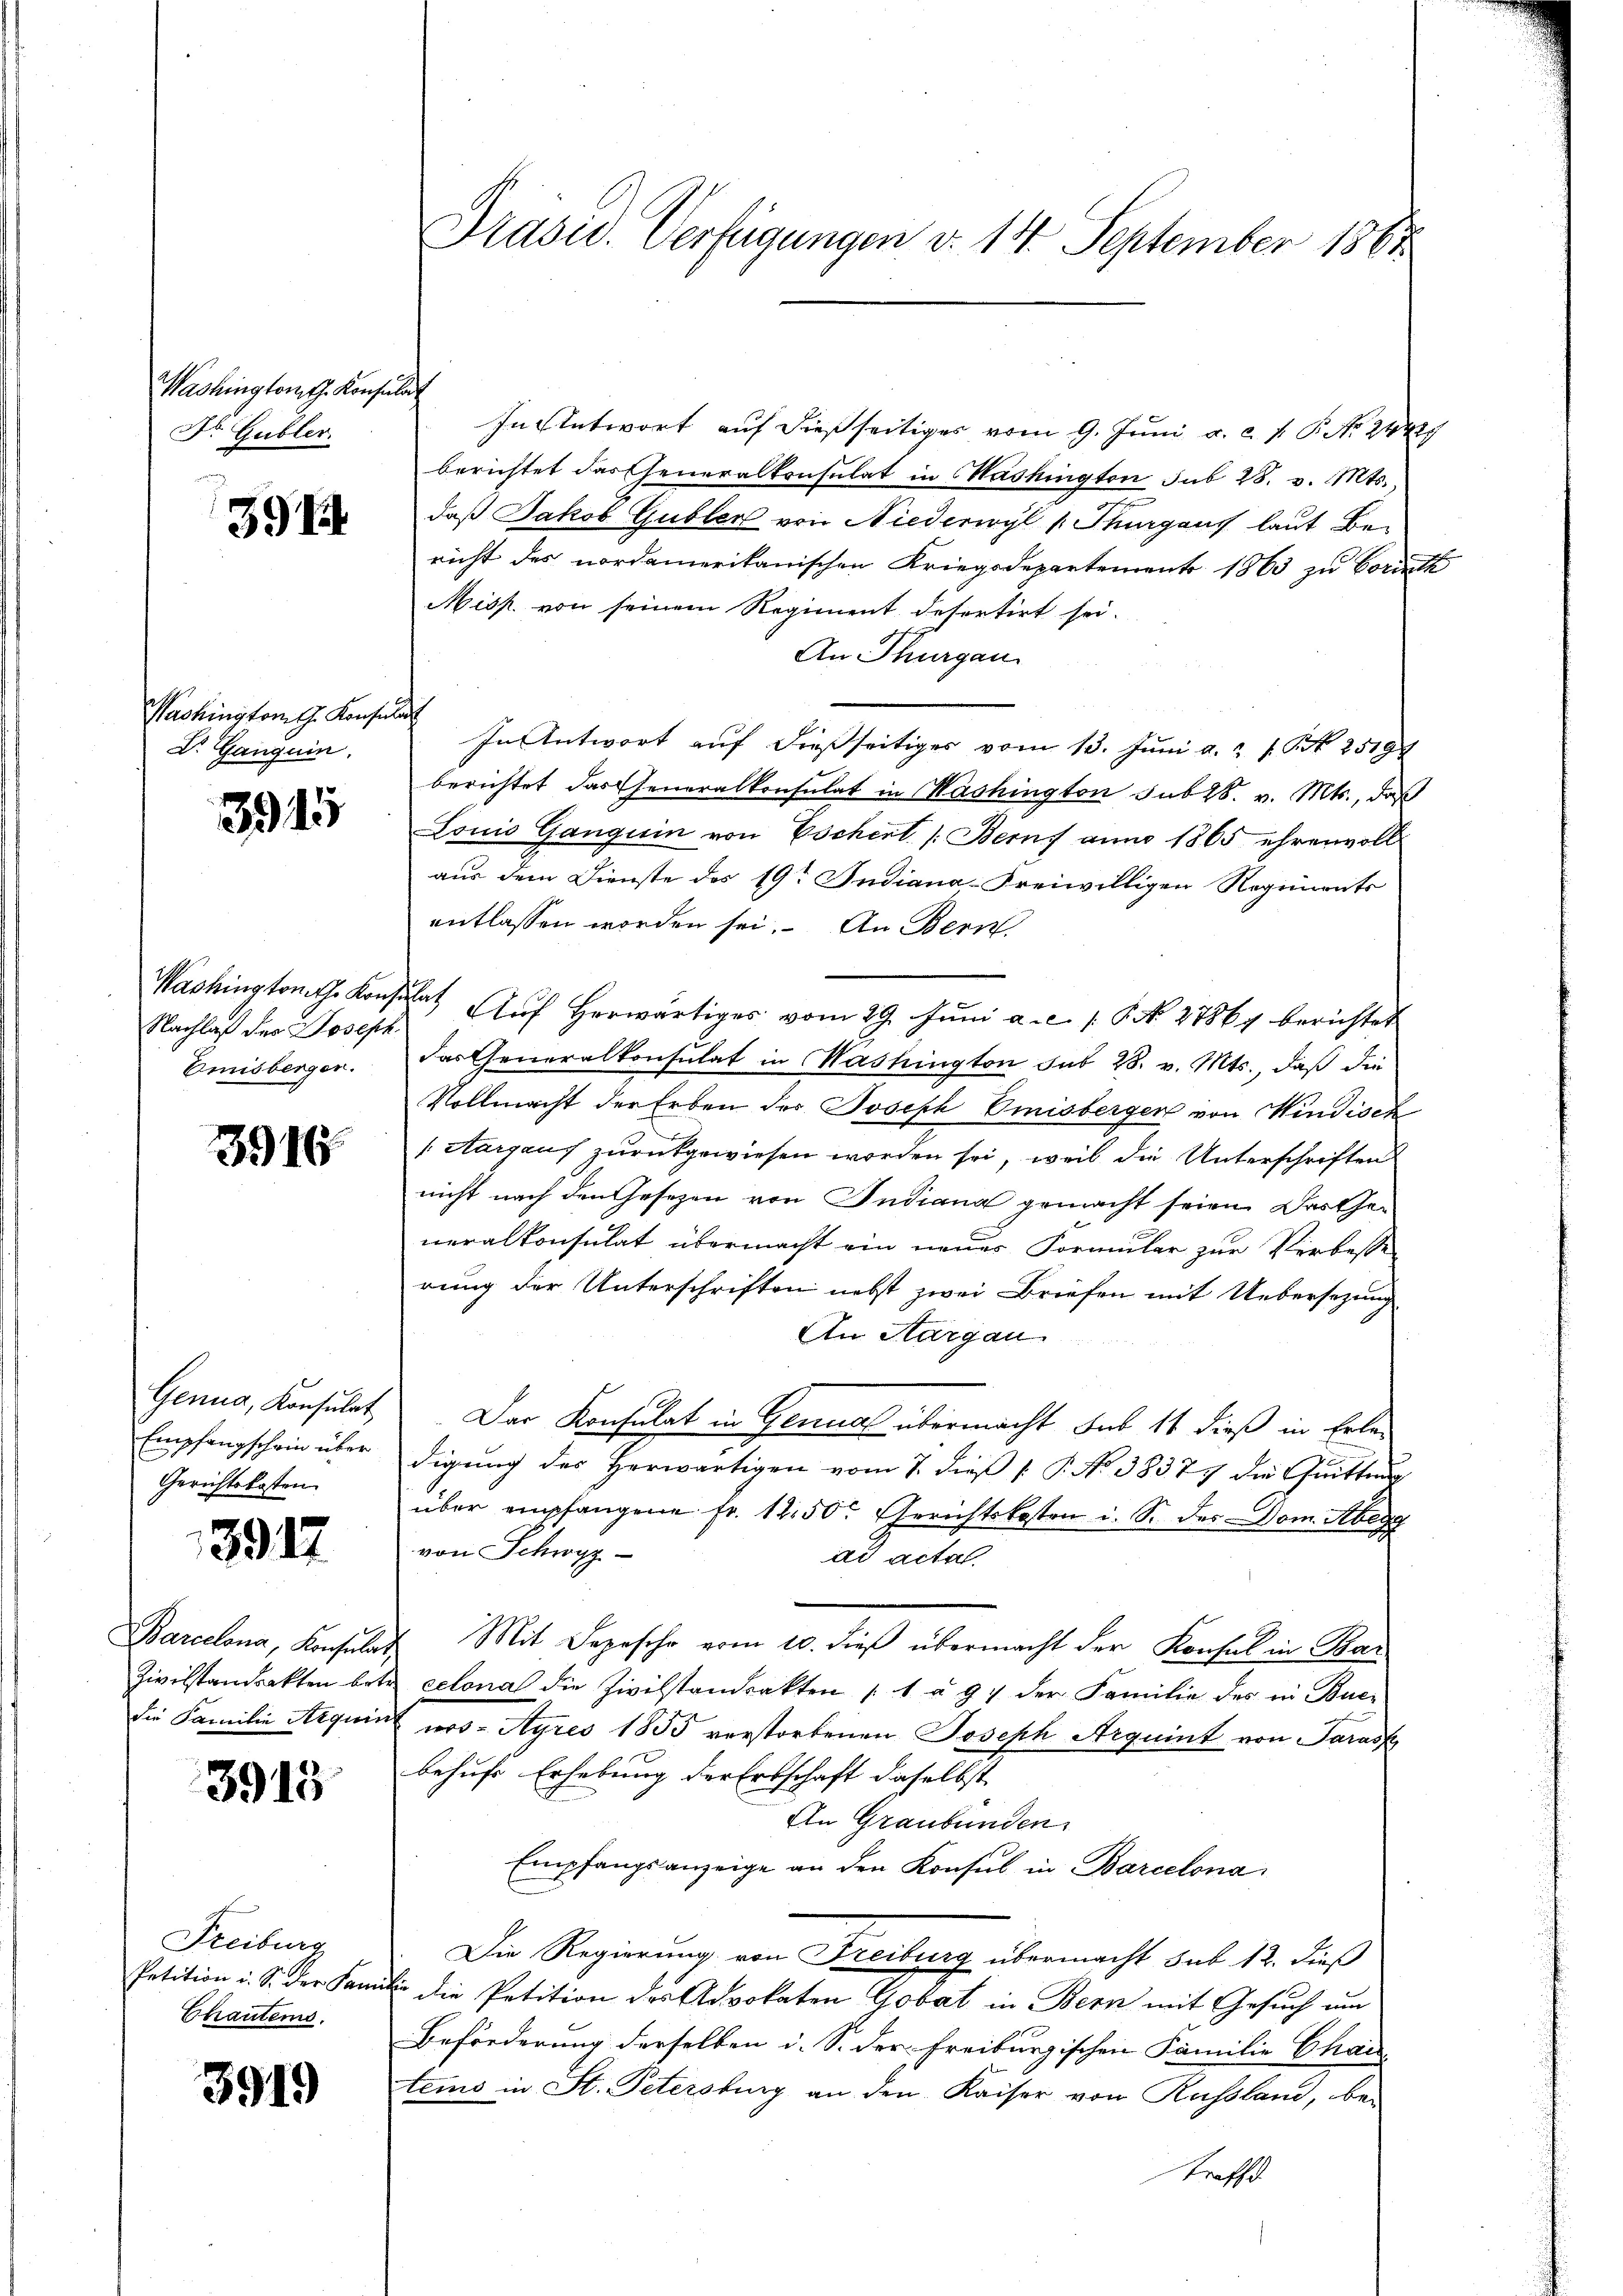
Washingtomth. Konsul
Dr. Gubler.

391

Washington G. Konsul
Dr. Ganguin

3915

Washington the Konz
Nachlaß des Joseph.
Emisberger.

3915.

Genua, Konsulat
Empfangschein über
Gerichtskosten

3917

Barcelona, Konsulat,
Zivilstandsakten betr.
die Familie Aequin

3913

Freiburg
Petition i. S. der Pann
Chautems.

3919

Präsid. Verfügungen d. 14. September 1861

f
In Antwort auf dießseitiges vom 9. Juni a. c. s. P. Nr. 24429
berichtet das Cheneralkonsulat in Mashington sub 28. v. Mts.,
daß Jakob Gubler von Niederwyl 1 Thurgaus laut Bericht des nordamerikanischen Kriegsdepartement 1863 zu Vorinth
Mish. von seinem Regiment desertirt sei.
An Thurgau.
i
In Antwort auf dießseitiges vom 13. Juni a. u. s. Art. 2519
berichtet das Generalkonsulat in Washington sub 28. v. Mts., daß
Louis Ganguin von Eschert (Berns anno 1865 ehrenvoll
aus dem Dienste des 19te Indiana-Freiwilligen Regiments
entlassen worden sei. An Bern
at Aŭf herwärtiges vom 29. Jŭni a. c. s. S. No. 27864 berichtet
das Generalkonsulat in Washington sub 28. v. Mts., daß die
Vollmacht der Erben des Joseph Omnisbergen von Windisch
(Aargaus zurückgewiesen worden sei, weil die Unterschriften
nicht nach den Gesezen von Indiana gemacht seien. Das Generalkonsulat übermacht ein neues Formular zur Verbesse
rung der Unterschriften nebst zwei Briefen mit Uebersezung
An Aargau
Der Konsulat in Genua übermacht sub 14 dieß in Erledigung des Herwärtigen vom 7. dieß P. No 38377 die Quittung
über empfangene fr. 1250. Gerichtskosten i. S. des Dom. Aberg
von Schwyz
ad actal.
Mit Segesehr vom 10. dieβ übermacht der Konsul in Bar
celona die Zivilstandsakten (1 à 97 der Familie des in Bue-
nos-Ayres 1855 verstorbenen Joseph Arquint von Sarass
behufe Erhebung der Erbschaft daselbst.
An Graubünden
Empfangsanzeige an den Konsul in Barcelona
Die Regierung von Freiburg übermacht sub 12. dieß
i die Petition des Advokaten Gobat in Bern mit Gesuch um
Beförderung derselben i. S. der Freiburgischen Familie Char
tems in St. Petersburg an den Kaiser von Russland, be-
troff